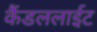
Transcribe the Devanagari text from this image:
कैंडललाईट